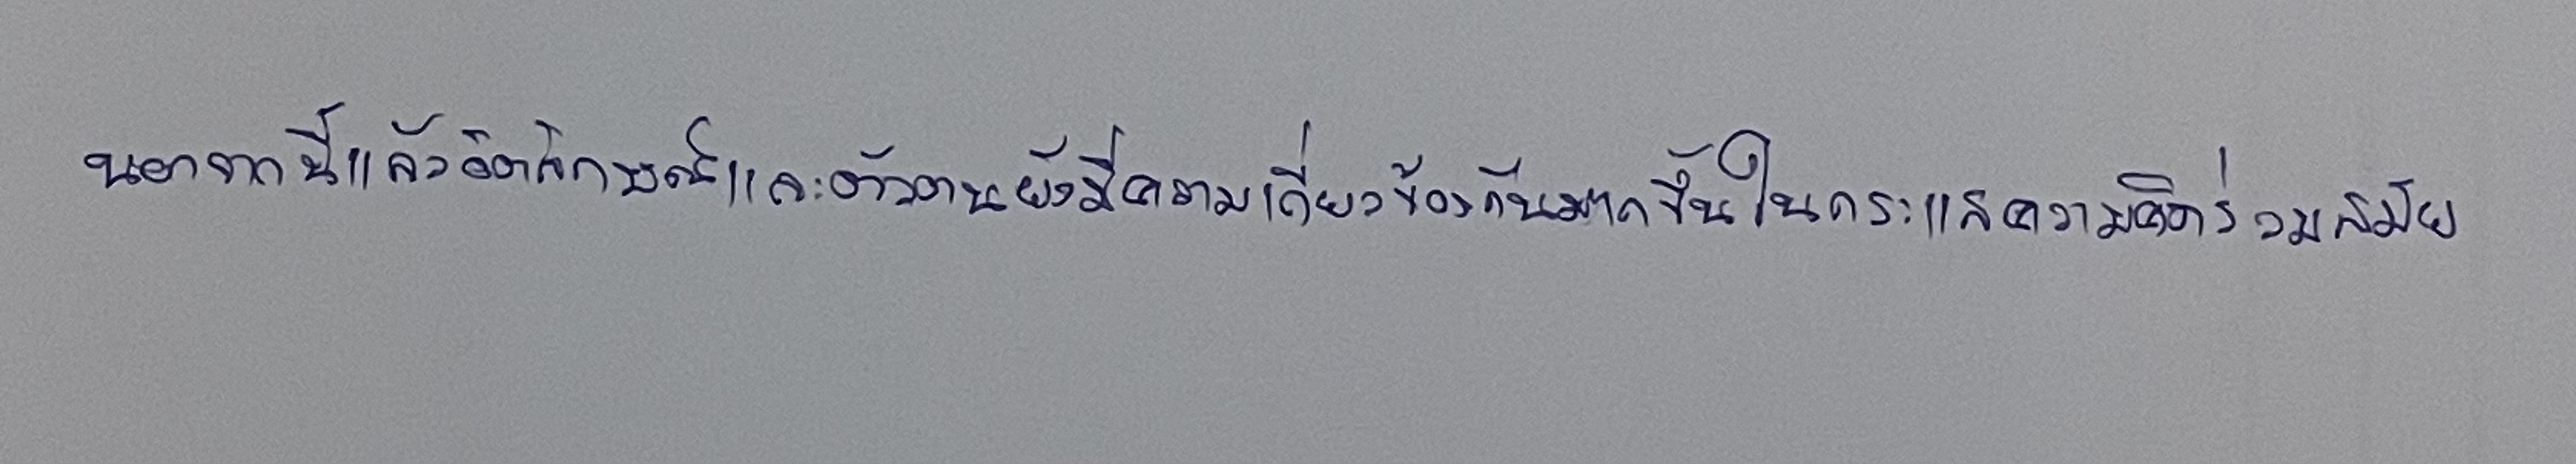
นอกจากนี้แล้วอัตลักษณ์และตัวตนยังมีความเกี่ยวข้องกันมากขึ้นในกระแสความคิดร่วมสมัย